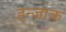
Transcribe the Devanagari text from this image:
डन्जाक